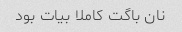
نان باگت کاملا بیات بود